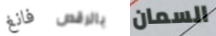
فانغ بالرقص السمان